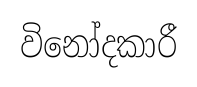
විනෝදකාරී